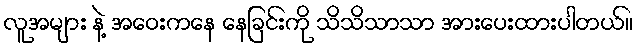
လူအများ နဲ့ အဝေးကနေ နေခြင်းကို သိသိသာသာ အားပေးထားပါတယ်။